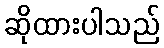
ဆိုထားပါသည်